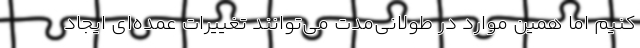
کنیم اما همین موارد در طولانی‌مدت می‌توانند تغییرات عمده‌ای ایجاد